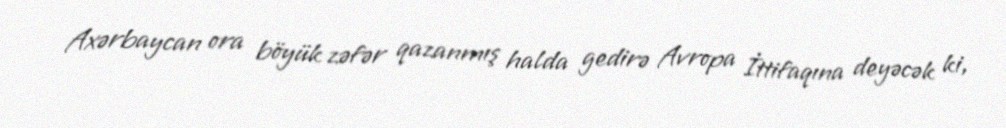
Axərbaycan ora böyük zəfər qazanmış halda gedirə Avropa İttifaqına deyəcək ki,